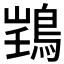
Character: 𫚽